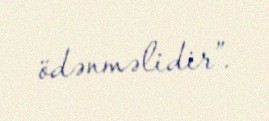
ödənməlidir”.